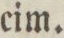
cim.